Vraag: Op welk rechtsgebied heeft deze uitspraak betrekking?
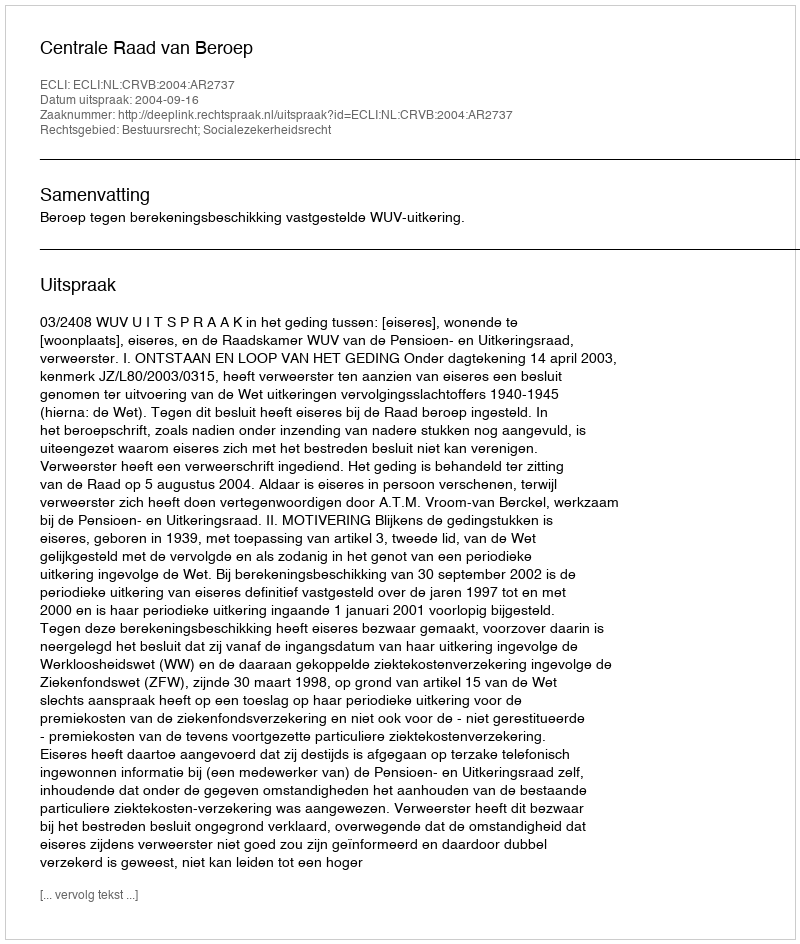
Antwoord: Bestuursrecht; Socialezekerheidsrecht